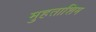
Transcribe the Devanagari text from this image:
मुहताशिम